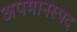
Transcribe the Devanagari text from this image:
अपमानस्पद